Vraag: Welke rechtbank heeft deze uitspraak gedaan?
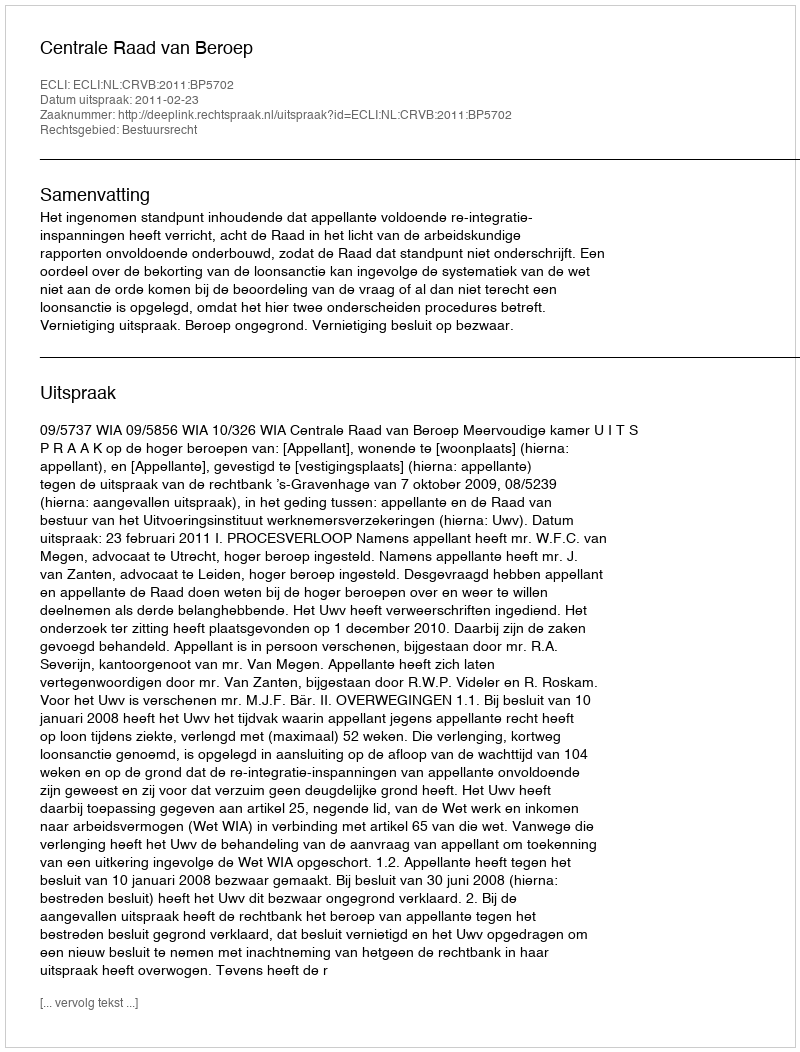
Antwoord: Centrale Raad van Beroep